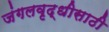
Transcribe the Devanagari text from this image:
जंगलवृद्धीसाठी